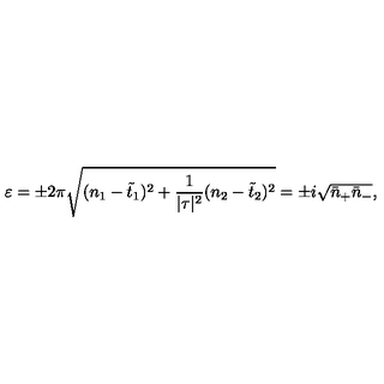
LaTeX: \varepsilon = \pm 2 \pi \sqrt { ( n _ { 1 } - \tilde { t } _ { 1 } ) ^ { 2 } + \frac { 1 } { | \tau | ^ { 2 } } ( n _ { 2 } - \tilde { t } _ { 2 } ) ^ { 2 } } = \pm i \sqrt { \bar { n } _ { + } \bar { n } _ { - } } ,